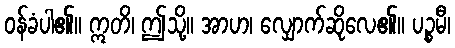
ဝန်ခံပါ၏။ ဣတိ၊ ဤသို့။ အာဟ၊ လျှောက်ဆိုလေ၏။ ပဉ္စမီ၊